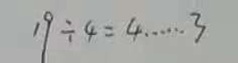
1 9 \div = 4 \cdots 3